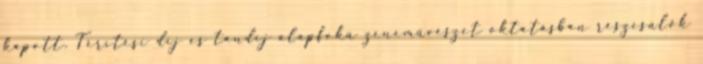
kapott. Térítési díj és tandíj alapfokú zeneművészet oktatásban részesülők